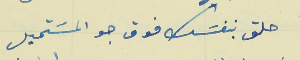
حلق بنفسَك فوق جو المسَتحيل